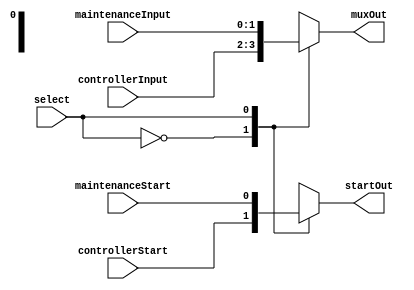
module multiplexerThree(select, controllerInput, maintenanceInput, controllerStart, maintenanceStart, startOut, muxOut);

input [0:0] select;
input [0:0] controllerStart, maintenanceStart;
input [1:0] controllerInput, maintenanceInput;

output [0:0] startOut;
output [1:0] muxOut;

reg [0:0] startOut;
reg [1:0] muxOut;

parameter controller = 1'b0, maintenance = 1'b1; 

always@(select or controllerStart or controllerInput or maintenanceStart or maintenanceInput)
	begin
		case(select)
			controller:
				begin
				startOut <= controllerStart;
				muxOut <= controllerInput;
				end
			maintenance:
				begin
				startOut <= maintenanceStart;
				muxOut <= maintenanceInput;
				end
		endcase
	end
endmodule